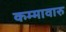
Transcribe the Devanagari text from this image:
कम्मावारु